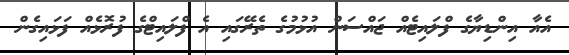
އެއާ އިންޑިޔާގެ ފްލައިޓެއް ޖައްސަން އުޅުމުގެ ތެރޭގައި އެ ފްލައިޓްގެ ފުރޮޅެއް ފަޅައިގެން